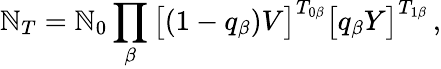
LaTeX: \mathbb{N}_{T}=\mathbb{N}_{0}\prod_{\beta}\big[(1-q_{\beta})V\big]^{T_{0\beta}}\big[q_{\beta}Y\big]^{T_{1\beta}}\, ,